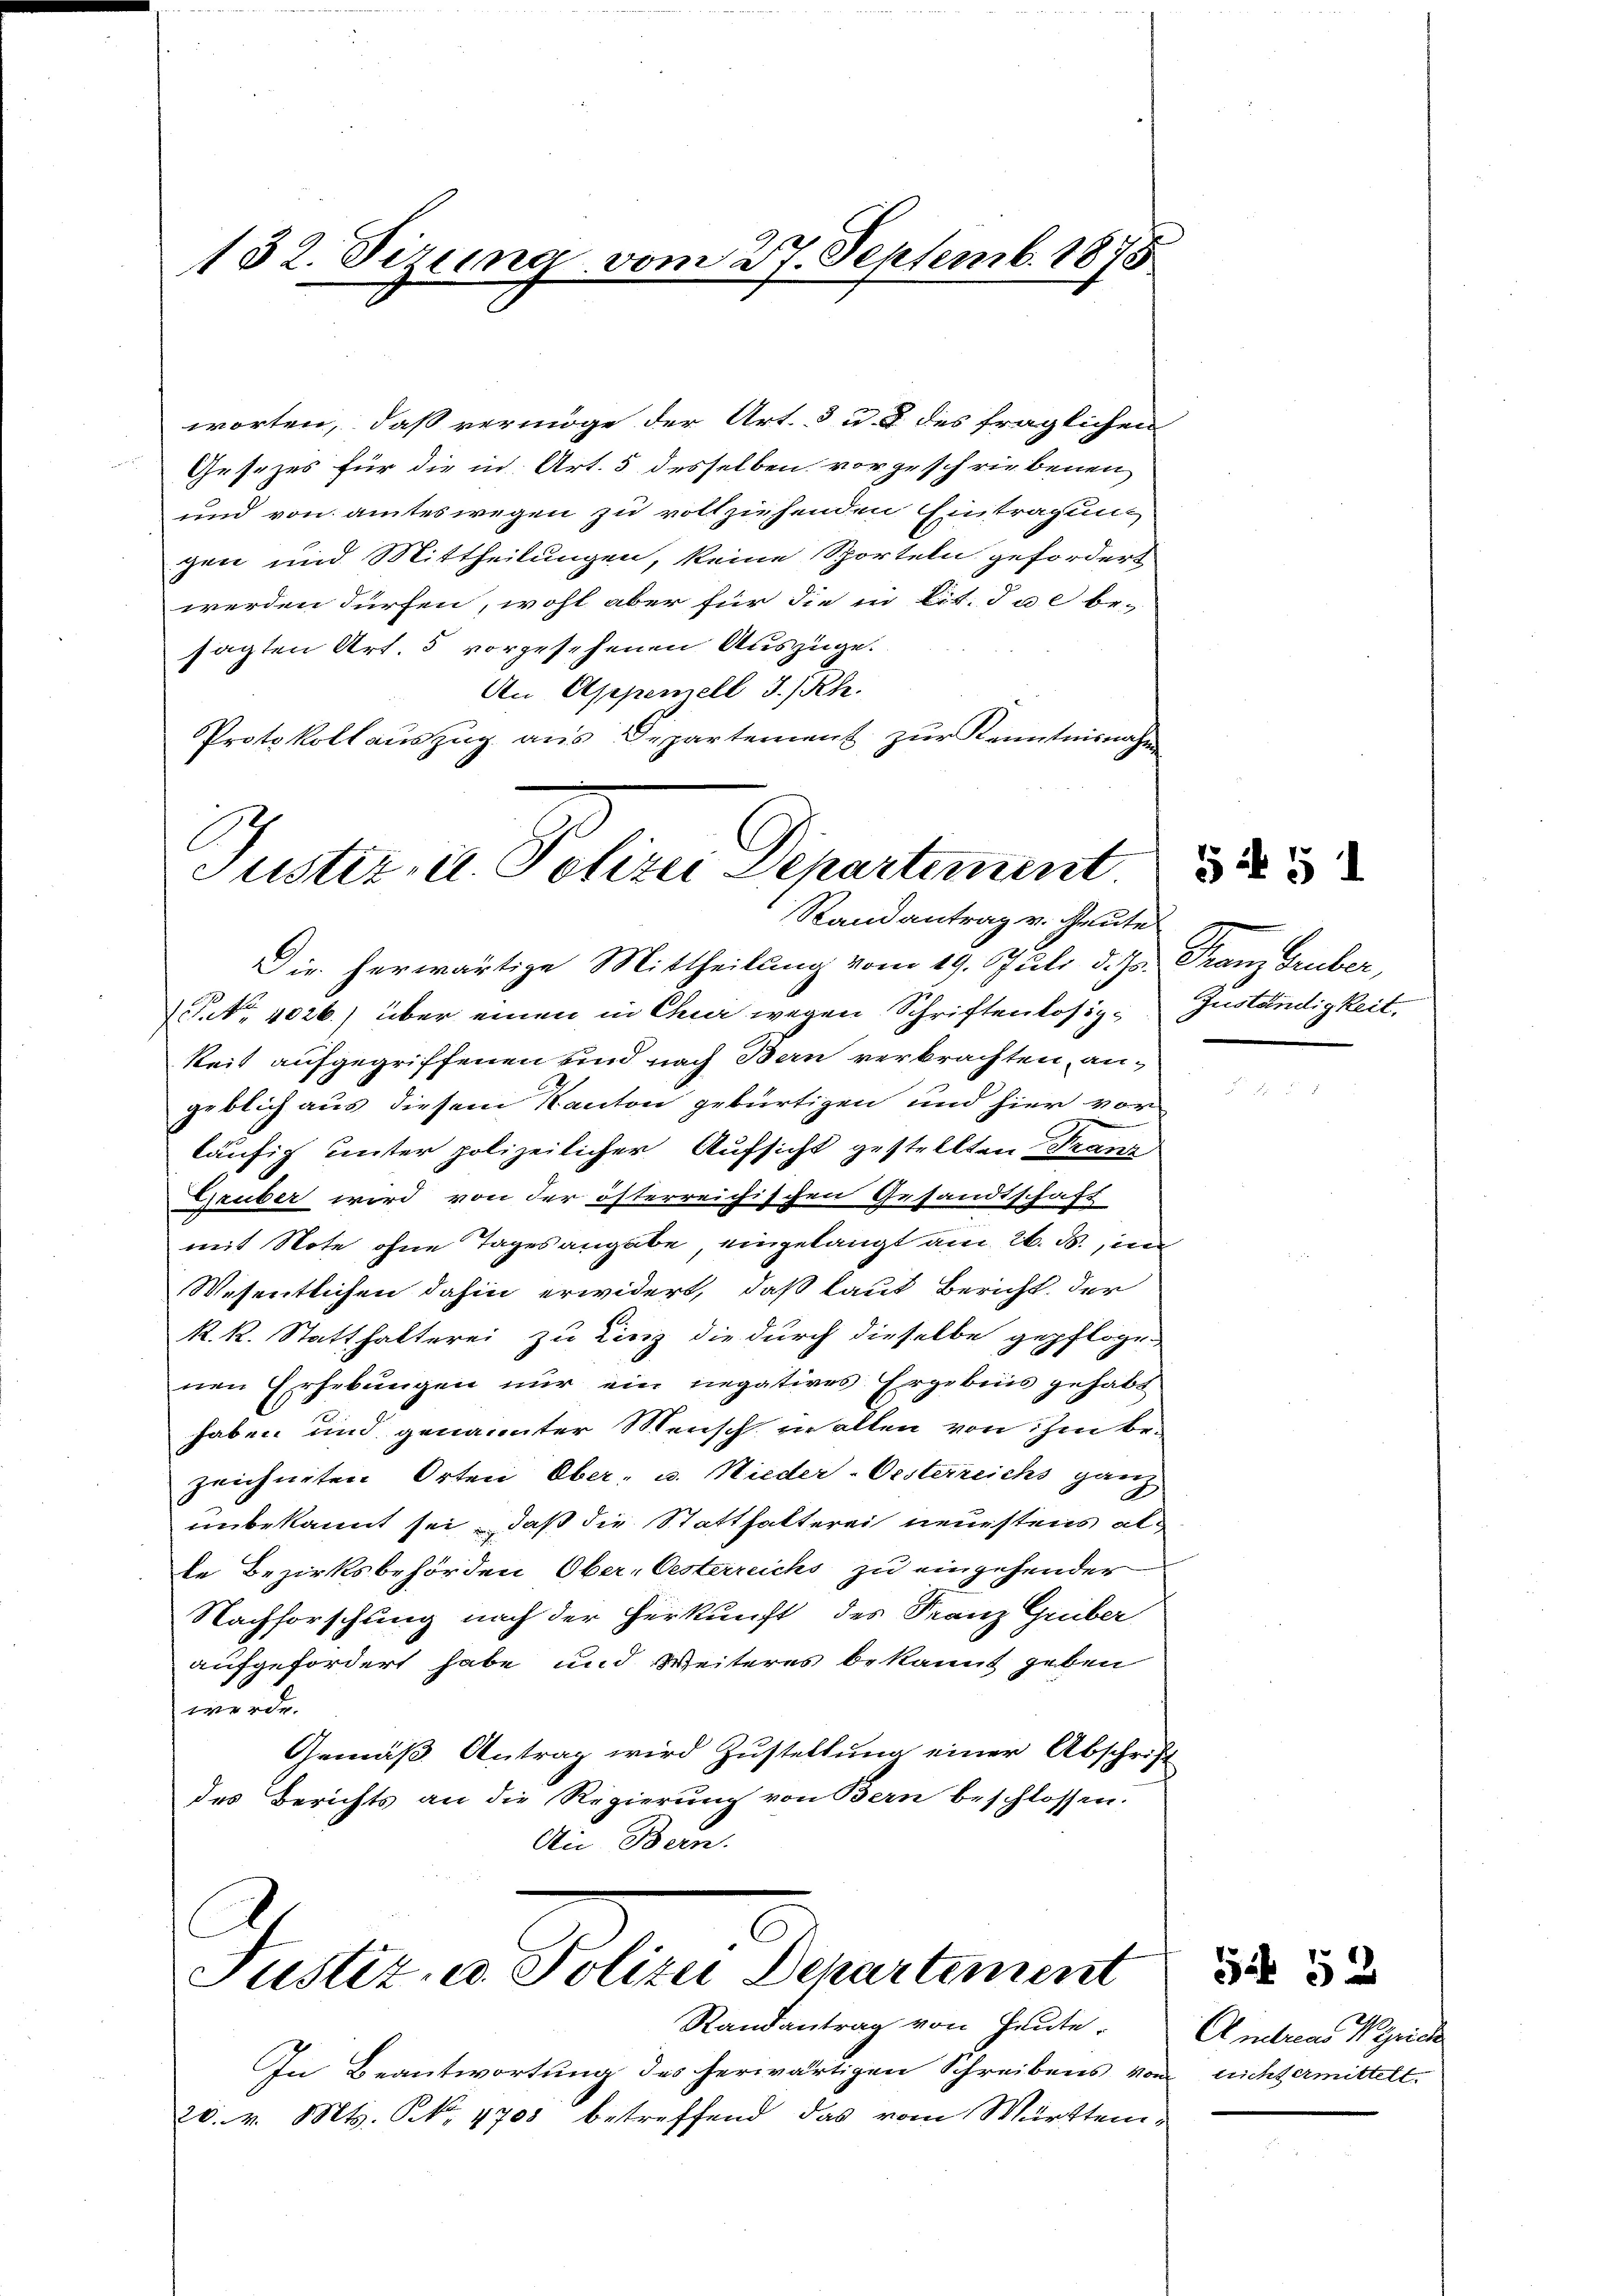
worten, daß vermöge der Art. 3 u. 8 des fraglichen
Gesetzes für die in Art. 5 desselben vorgeschriebenen
und von amteswegen zu vollziehenden Eintragung
gen und Mittheilungen, keine Sporteln gefordert
werden dürfen, wohl aber für die in lit. die be-
sagten Art. 5 vorgesehenen Auszüge.
An Appenzell I/Rh.
Protokollauszug aus Departement zur Kenntnisnahm

132. Sizung vom 27. Septemb. 1875

Justiz- u. Polizei Departement
Randantrag v. Heute

Dir herwärtige Mittheilung vom 19. Juli d. Js. Franz Gruber,
P. Nr. 4026.) über einen in Chur wegen Schriftenlosizkeit aufgegriffenen und nach Bern verbrachten, angeblich aus diesem Kanton gebürtigen und hier vor
läufig unter polizeilicher Aufsicht gestellten Franz
Exxuber wird von der österreichischen Gesandtschaft
mit Note ohne Tagesangabe eingelangt am 26. ds., in
Wesentlichen dahin erwidert, daß laut Bericht der
R. R. Statthalterei zu Linz die durch dieselbe gepflogenen Erhebungen nur ein negatives Ergebnis gehabt
haben und genannter Mensch in allen von ihm be-
zeichneten Orten Ober- u. Nieder-Oesterreichs ganz
unbekannt sei, daß die Statthalterei neuestens alte Bezirksbehörden Ober-Oesterreichs zu eingehender
Nachforschung nach der Herkunft des Franz Gruber
aufgefordert habe und Weiteres bekannt geben
werde.
Gemäß Antrag wird Zustellung einer Abschrift
des Berichts an die Regierung von Bern beschlossen.
Ain Bern.

C
Justiz u. Polizei Departement

Randantrag von Heute.
In Beantwortung des herwärtigen Schreibens vom
20. v. Mts. No. 1701 betreffend das vom Württem¬

Zuständigkeit.

5 i § 1

Andreas Zürich
lrichtermittelt.

Sif 52